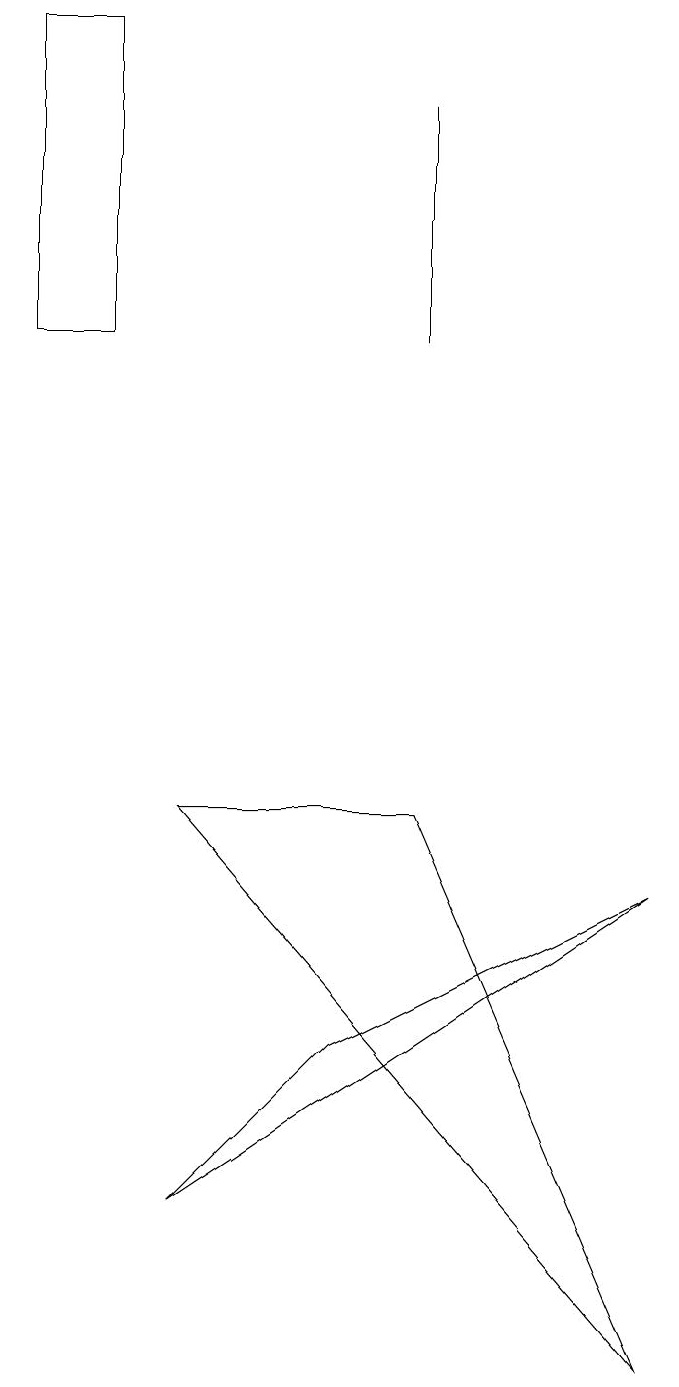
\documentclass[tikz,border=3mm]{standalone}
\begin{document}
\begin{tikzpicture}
\draw (5,4) -- (9,6) -- (3,2) -- cycle;
\draw (9,0) -- (3,7) -- (6,7) -- cycle;
\draw (6,16) rectangle (6,13);
\draw (1,17) rectangle (2,13);
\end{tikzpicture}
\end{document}